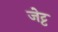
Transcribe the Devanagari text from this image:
जेट्ट